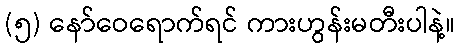
(၅) နော်ဝေရောက်ရင် ကားဟွန်းမတီးပါနဲ့။